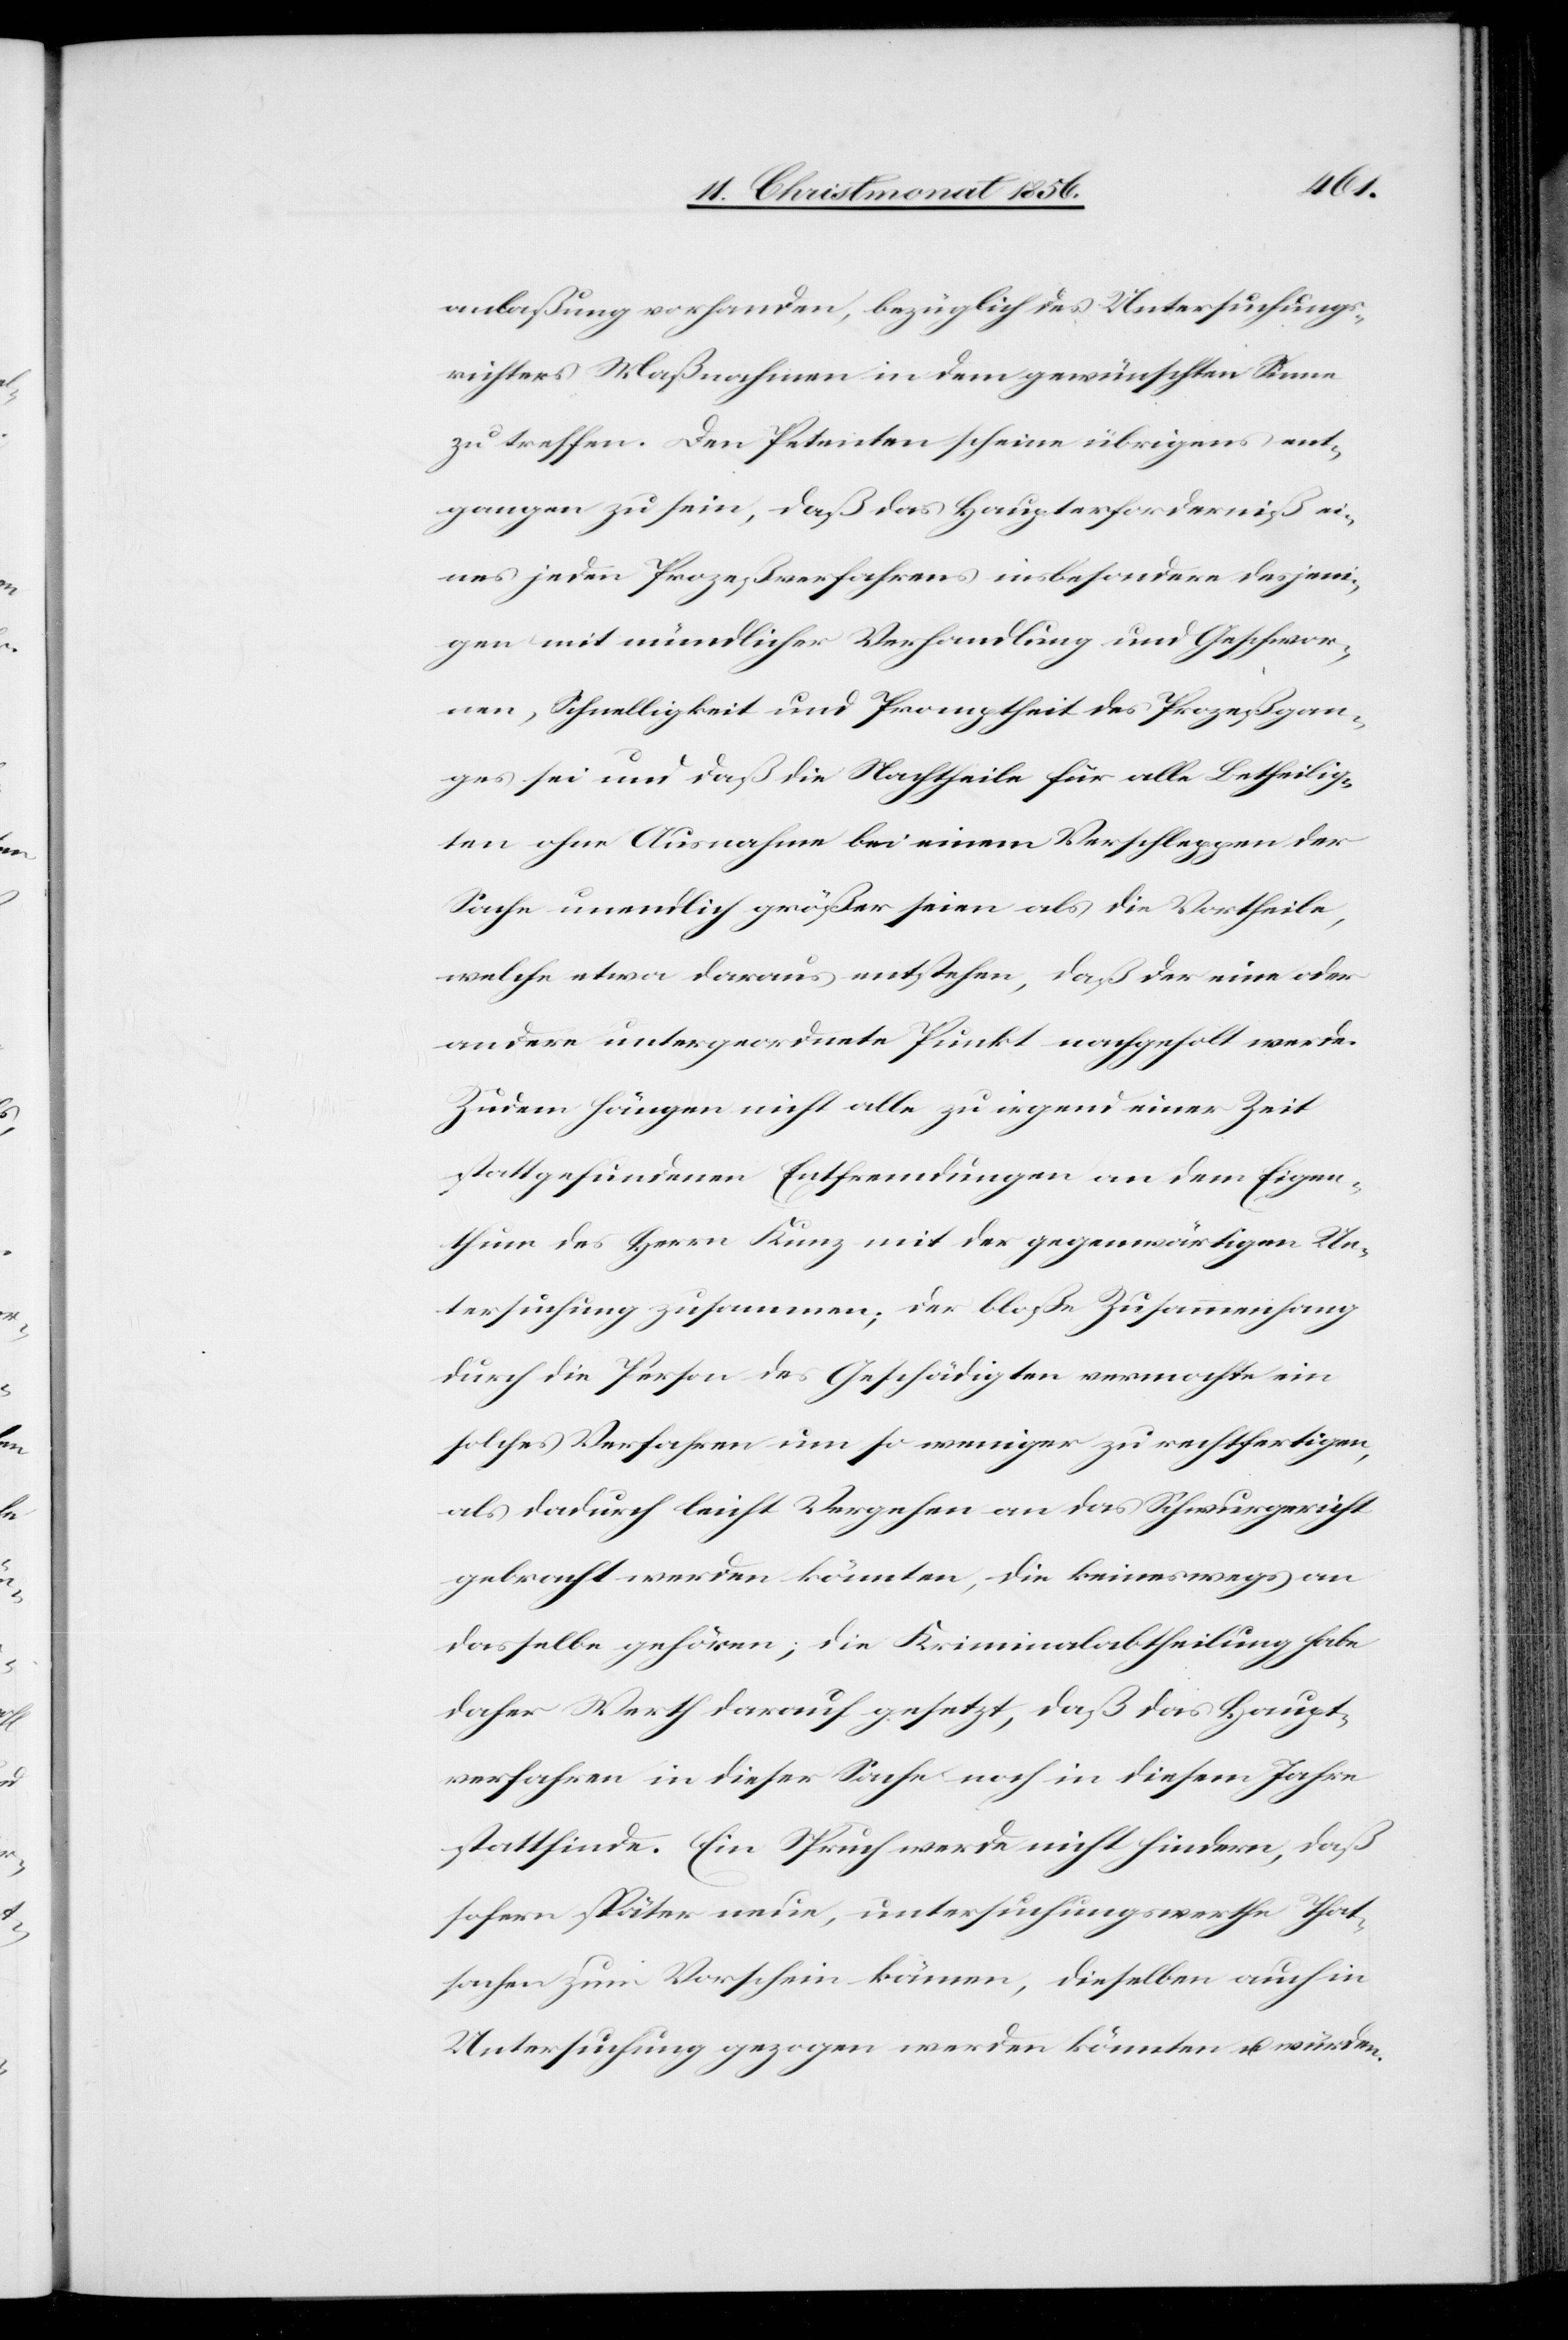
anlaßung vorhanden, bezüglich des Untersuchungs¬
richters Maßnahmen in dem gewünschten Sinne
zu treffen. Den Petenten scheine übrigens ent¬
gangen zu sein, daß das Haupterforderniß ei¬
nes jeden Prozeßverfahrens insbesondere desjeni¬
gen mit mündlicher Verhandlung und Geschwor¬
nen, Schnelligkeit und Promptheit des Prozeßgan¬
ges sei und daß die Nachtheile für alle Betheilig¬
ten ohne Ausnahme bei einem Verschleppen der
Sache unendlich größer seien als die Vortheile,
welche etwa daraus entstehen, daß der eine oder
andere untergeordnete Punkt nachgeholt werde.
Zudem hängen nicht alle zu irgend einer Zeit
stattgefundenen Entfremdungen an dem Eigen¬
thum des Herrn Kunz mit der gegenwärtigen Un¬
tersuchung zusammen; der bloße Zusammenhang
durch die Person des Geschädigten vermochte ein
solches Verfahren um so weniger zu rechtfertigen,
als dadurch leicht Vergehen an das Schwurgericht
gebracht werden könnten, die keineswegs an
dasselbe gehören; die Kriminalabtheilung habe
daher Werth darauf gesetzt, daß das Haupt¬
verfahren in dieser Sache noch in diesem Jahre
stattfinde. Ein Spruch werde nicht hindern, daß
sofern später neue, untersuchungswerthe That¬
sachen zum Vorschein kämen, dieselben auch in
Untersuchung gezogen werde könnten u. würden.